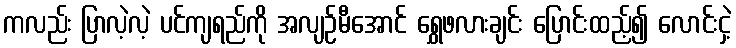
ကလည်း ပြာလဲ့လဲ့ ပင်ကျရည်ကို အလျဉ်မီအောင် ရွှေဖလားချင်း ပြောင်းထည့်၍ လောင်းငှဲ့